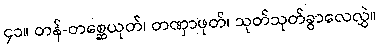
၄၁။ တန်-တစ္ဆေယုတ်၊ တဏှာဖုတ်၊ သုတ်သုတ်ခွာလေလွှဲ။